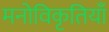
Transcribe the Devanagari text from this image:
मनोविकृतियाँ